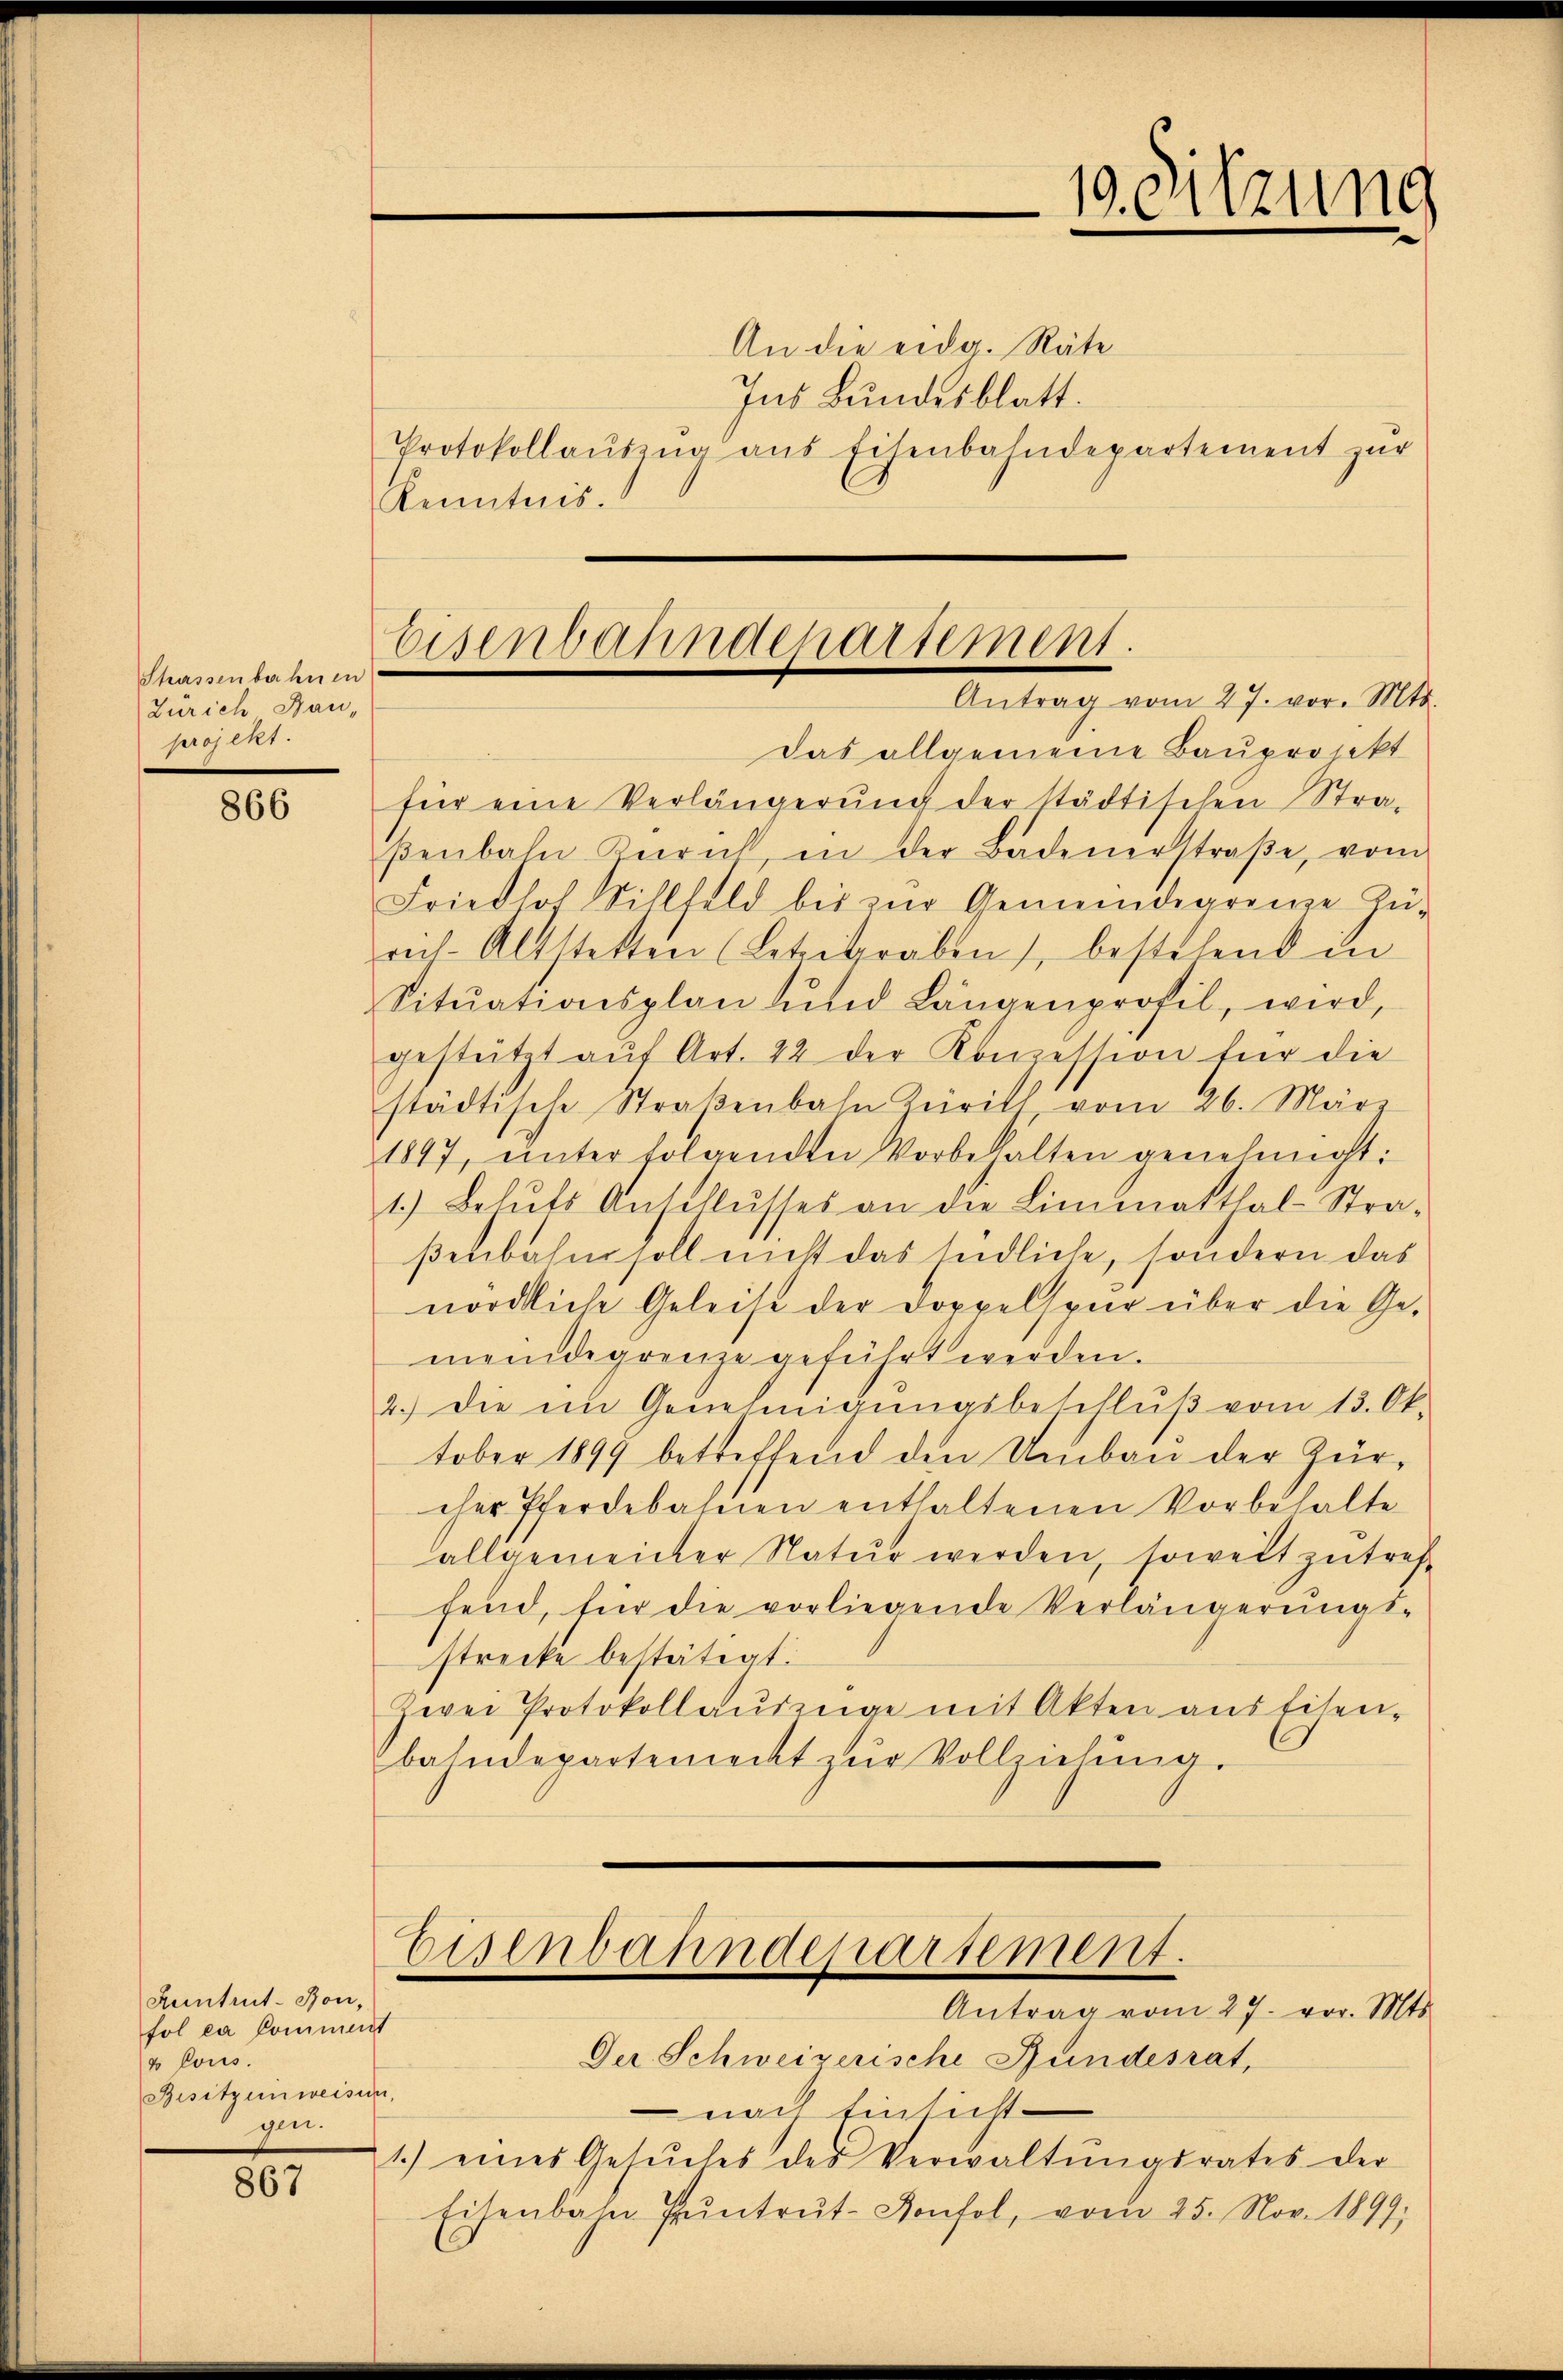
Shassenbahnen
Zürich Bau-
projekt.

866

867

An die eidg. Räte
Ins Bundesblatt.
Protokollaŭszŭg aŭs Eisenbahndepartement zur
Kenntnis.

Auntrut-Bon,
fol ex Comment
u lous.
Besitzeinweisung
F

Eisenbahndepartement.
Antrag vom 27. vor. Mts.

das allgemeine Baupronkt
für eine Verlängerung der städtischen Straβenbahn Zürich in der Badenerstraβe, vom
Friedhof Sihlfeld bis zur Gemeindegrenze Zŭ-
rih-Altstetten (Letztraben, bestehend in
Sitŭationsplan und Längenprofil, wird,
gestützt aŭf Art. 42 der Konzession für die
städtische Straβenbahn Kürits, vom 26. März
1897, ŭnter folgenden Vorbehalten genehmigt:
1.) Behŭfs Anschlŭsses an die Limmatthal-Stra-
ßenbahn soll nicht das Endliche, sondern das
nördliche Geleise der Doppelspur über die Ge-
meindegrenze geführt werden.
2.) Die im Genehmigŭngsbeschlŭβ vom 13. Ok-
tober 1899 betreffend den Umbau der Zürcher Pferdebahnen enthaltenen Vorbehalte
allgemeiner Natur werden, soweit zutreffend, für die vorliegende Verlängerŭngs-
strecke bestätigt.
Zwei Protokollaŭszŭge mit Akten aus Eisen-
bahndepartement zŭr Vollziehung.

Eisenbahndepartement.
Antrag vom 27. vor. Mts.

10. Sitzung

Der Schweizerische Hundesrat,
 nach Einsicht
1.) eines Gesŭches des Verwaltŭngsrates der
Eisenbahn Pŭntrŭt-Konsol, vom 25. Nov. 1897;